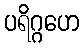
ပရိဂ္ဂဟေ